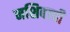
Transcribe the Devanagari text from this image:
नशिबाची